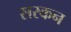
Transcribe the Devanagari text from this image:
सरकन